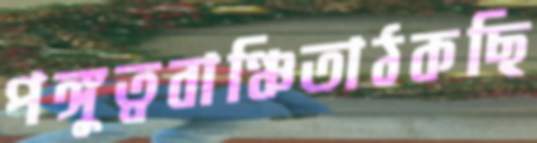
পঙ্গুত্ববাঞ্চিতাঠকছি